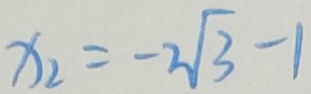
x _ { 2 } = - 2 \sqrt { 3 } - 1